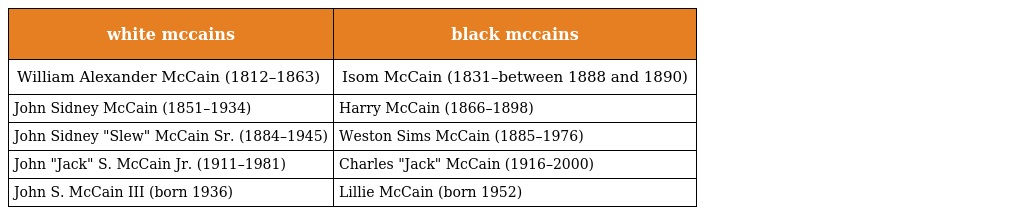
| white mccains | black mccains |
 | --- | --- |
 | William Alexander McCain (1812–1863) | Isom McCain (1831–between 1888 and 1890) |
 | John Sidney McCain (1851–1934) | Harry McCain (1866–1898) |
 | John Sidney "Slew" McCain Sr. (1884–1945) | Weston Sims McCain (1885–1976) |
 | John "Jack" S. McCain Jr. (1911–1981) | Charles "Jack" McCain (1916–2000) |
 | John S. McCain III (born 1936) | Lillie McCain (born 1952) |